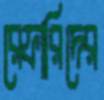
রেফারিদের